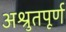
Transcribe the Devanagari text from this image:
अश्रुतपूर्ण